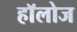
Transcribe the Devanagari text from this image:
हाॅलोज